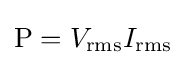
\mathrm {P} =V_{\mathrm {rms} }I_{\mathrm {rms} }